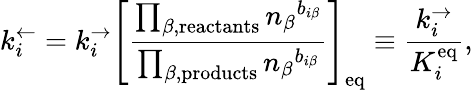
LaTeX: k_{i}^{\leftarrow}=k_{i}^{\rightarrow}\left[\frac{\prod_{\beta,\textrm{reactants}}{n_{\beta}}^{b_{i\beta}}}{\prod_{\beta,\textrm{products}}{n_{\beta}}^{b_{i\beta}}}\right]_{\textrm{eq}}\equiv\frac{k_{i}^{\rightarrow}}{K_{i}^{\textrm{eq}}},